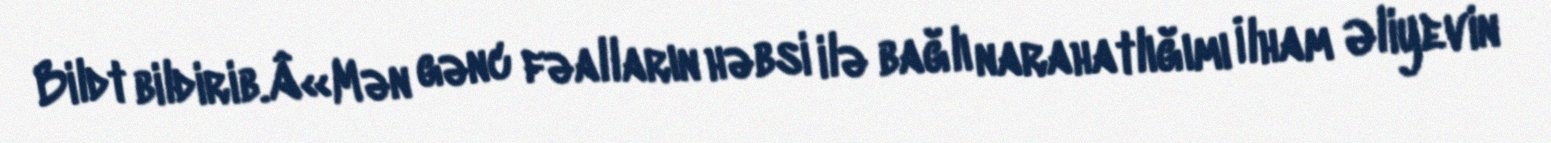
Bildt bildirib.Â«Mən gənc fəalların həbsi ilə bağlı narahatlığımı İlham Əliyevin